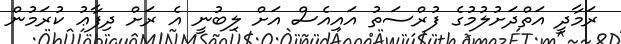
ރަމާދީ އަތްދަށުލުމުގެ ފުރްސަތު އައިއެސް އަށް ލިބުނީ އެ ރަށް ދިފާޢު ކުރަމުން